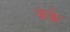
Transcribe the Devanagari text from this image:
कके